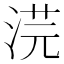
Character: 𭰳